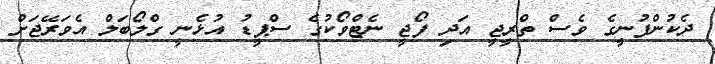
ދެކުންފުނީގެ ވެސް ތްރީޖީ އަދި ފޯޖީ ނެޓްވޯކުގެ ސްޕީޑު އުޅެނީ ގްލޯބަލް އެވަރޭޖަށް